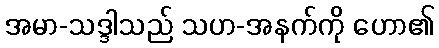
အမာ-သဒ္ဒါသည် သဟ-အနက်ကို ဟော၏